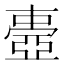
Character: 𠁕